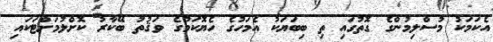
އެކަމަކު މުސްލިމުންގެ ގޮތުގައި ތި ބިބަޔަކު އެމަހުގެ ހެޔޮކަމުގެ ވަޤުތު ބޭކާރު ކޮށްލުމަށްޓަކައި